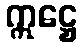
ဣဋ္ဌေ